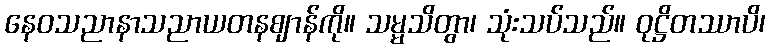
နေဝသညာနာသညာယတနဈာန်ကို။ သမ္မသိတွာ၊ သုံးသပ်သည်။ ဝုဋ္ဌိတဿာပိ၊